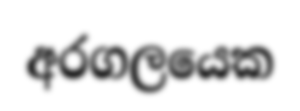
අරගලයෙක